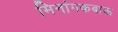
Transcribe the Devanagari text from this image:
मिनांगकबाऊ